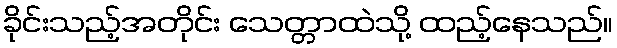
ခိုင်းသည့်အတိုင်း သေတ္တာထဲသို့ ထည့်နေသည်။